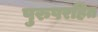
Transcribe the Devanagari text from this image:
पुरुषरहित